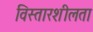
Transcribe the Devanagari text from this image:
विस्तारशीलता